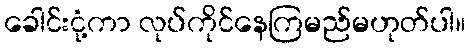
ခေါင်းငုံ့ကာ လုပ်ကိုင်နေကြမည်မဟုတ်ပါ။